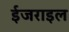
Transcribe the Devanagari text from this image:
ईजराइल